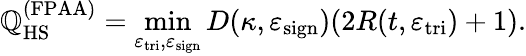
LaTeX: \mathbb{Q}_{\mathrm{{HS}}}^{(\mathrm{{FPAA}})}=\operatorname*{min}_{\varepsilon_{\mathrm{{tri}}},\varepsilon_{\mathrm{{sign}}}}D(\kappa,\varepsilon_{\mathrm{{sign}}})(2R(t,\varepsilon_{\mathrm{{tri}}})+1).